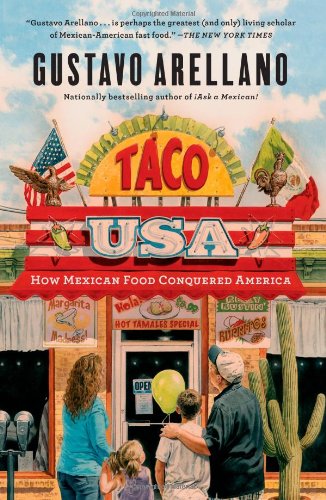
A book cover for Taco USA: How Mexican Food Conquered America; Gustavo Arellano; Cookbooks, Food & Wine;